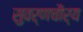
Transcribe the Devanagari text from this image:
सुवर्णचौर्य